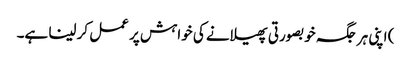
) اپنی ہر جگہ خوبصورتی پھیلانے کی خواہش پر عمل کر لینا ہے۔